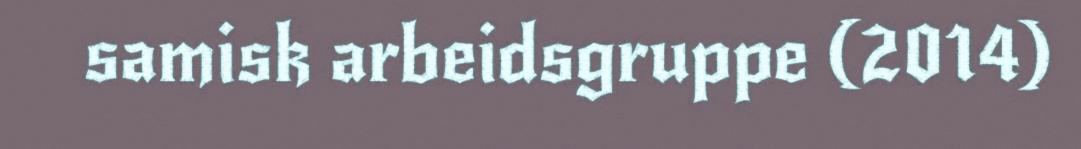
samisk arbeidsgruppe (2014)